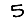
Digit: 5